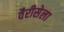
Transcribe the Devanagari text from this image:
वैरीसेला